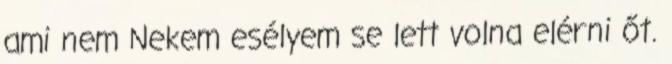
ami nem Nekem esélyem se lett volna elérni őt.